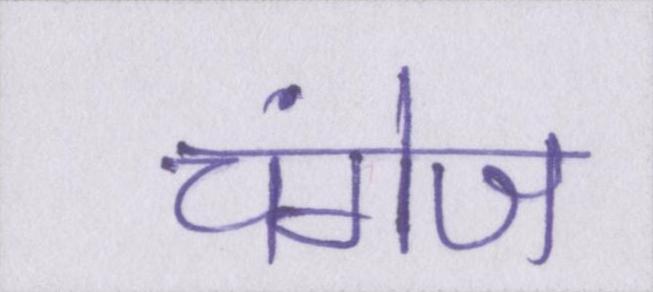
चंगेज